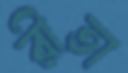
রীতা